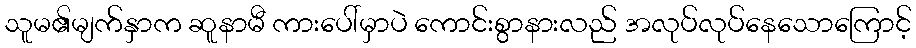
သူမ၏မျက်နှာက ဆူနာမီ ကားပေါ်မှာပဲ ကောင်းစွာနားလည် အလုပ်လုပ်နေသောကြောင့်